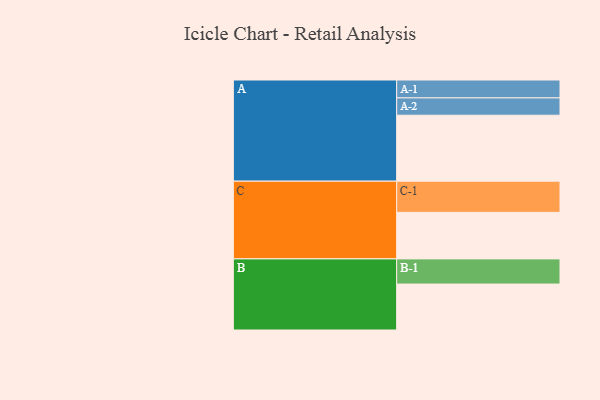
{"axis": {"x": "Segment", "y": "Value"}, "legend": ["", "A", "B", "C"], "data": [{"x": "A", "y": 461, "type": ""}, {"x": "B", "y": 321, "type": ""}, {"x": "C", "y": 325, "type": ""}, {"x": "A-1", "y": 125, "type": "A"}, {"x": "A-2", "y": 121, "type": "A"}, {"x": "B-1", "y": 176, "type": "B"}, {"x": "C-1", "y": 218, "type": "C"}]}